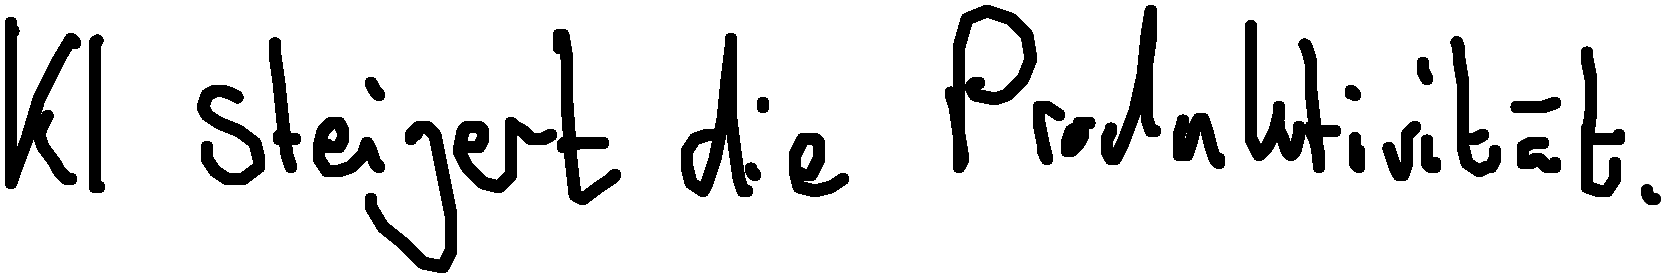
KI steigert die Produktivität.